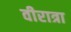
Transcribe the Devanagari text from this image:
वीरात्रा